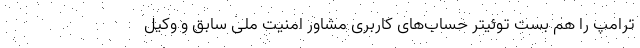
ترامپ را هم بست توئیتر حساب‌های کاربری مشاور امنیت ملی سابق و وکیل